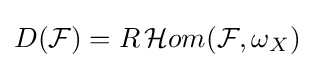
D({\mathcal {F}})=R\,{\mathcal {H}}om({\mathcal {F}},\omega _{X})